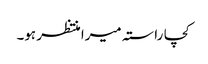
کچا راستہ میرا منتظر ہو۔